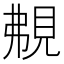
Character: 𧠤